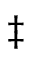
\ddagger